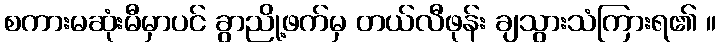
စကားမဆုံးမီမှာပင် ခွာညို့ဖက်မှ တယ်လီဖုန်း ချသွားသံကြားရ၏ ။